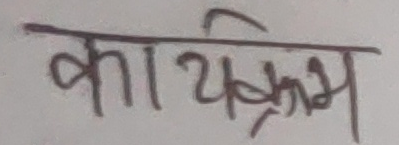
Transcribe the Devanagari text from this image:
कार्यक्रम